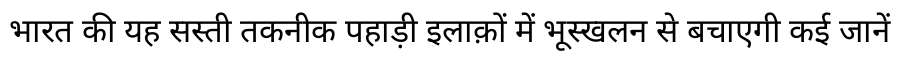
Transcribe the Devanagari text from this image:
भारत की यह सस्ती तकनीक पहाड़ी इलाक़ों में भूस्खलन से बचाएगी कई जानें